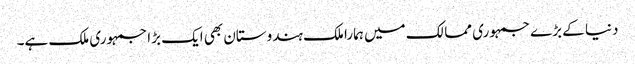
دنیا کے بڑے جمہوری ممالک میں ہمارا ملک ہندوستان بھی ایک بڑا جمہوری ملک ہے۔